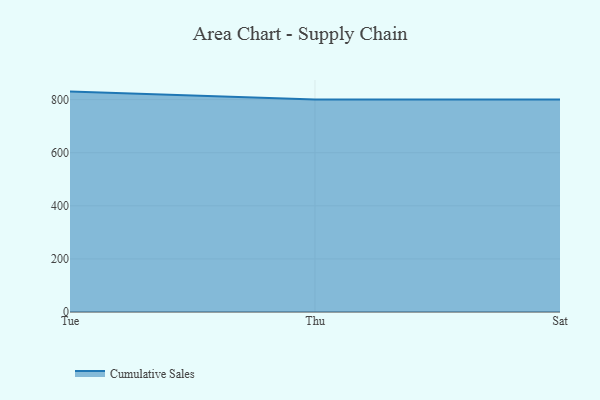
{"axis": {"x": "Day", "y": "Churn Rate (%)"}, "legend": ["Cumulative Sales"], "data": [{"x": "Tue", "y": 830.2, "type": "Cumulative Sales"}, {"x": "Thu", "y": 800, "type": "Cumulative Sales"}, {"x": "Sat", "y": 800, "type": "Cumulative Sales"}]}